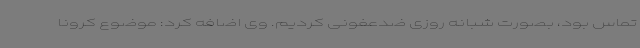
تماس بود، بصورت شبانه روزی ضدعفونی کردیم. وی اضافه کرد: موضوع کرونا